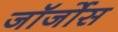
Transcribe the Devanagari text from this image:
जॉर्जोस